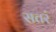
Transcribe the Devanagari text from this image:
सतरं